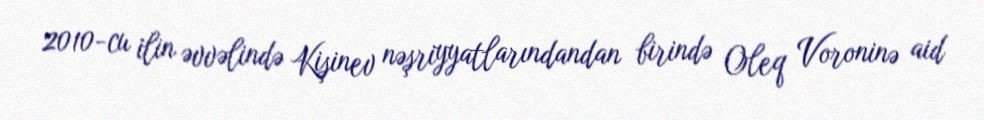
2010-cu ilin əvvəlində Kişinev nəşriyyatlarındandan birində Oleq Voroninə aid